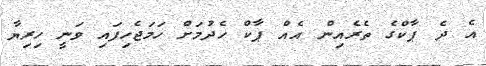
އެ ދެ ޕާކްގެ ތެރެއިން އެއް ޕާކް ހެދުމަށް ހަމަޖެހިފައި ވަނީ ހިރިޔާ